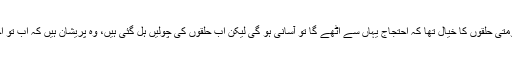
ان کاکہنا تھا کہ حکومتی حلقوں کا خیال تھا کہ احتجاج یہاں سے اٹھے گا تو آسانی ہو گی لیکن اب حلقوں کی چولیں ہل گئی ہیں، وہ پریشان ہیں کہ اب تو احتجاج گلی گلی ہوگا۔